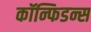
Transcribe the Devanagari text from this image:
कॉन्फिडन्स